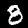
Label: 8